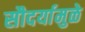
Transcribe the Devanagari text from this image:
सौदर्यामुळे